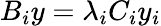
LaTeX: B_{i}y=\lambda_{i}C_{i}y_{i}